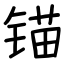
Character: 锚